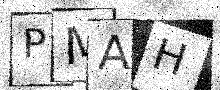
Text: PMAH